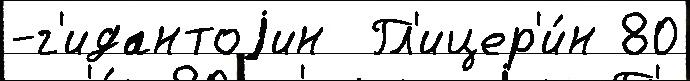
-г'идантоjин  Гл'ицер'и́н 80